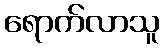
ရောက်လာသူ